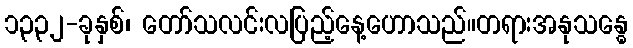
၁၃၃၂-ခုနှစ်၊ တော်သလင်းလပြည့်နေ့ဟောသည်။တရားအနုသန္ဓေ